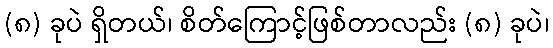
(၈) ခုပဲ ရှိတယ်၊ စိတ်ကြောင့်ဖြစ်တာလည်း (၈) ခုပဲ၊